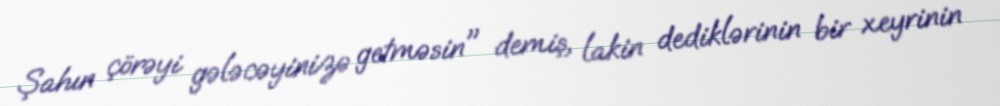
Şahın çörəyi gələcəyinizə getməsin" demiş, lakin dediklərinin bir xeyrinin